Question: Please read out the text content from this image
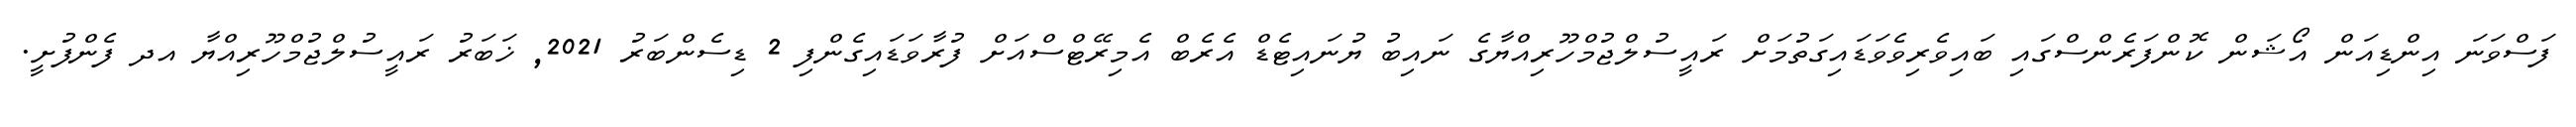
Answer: ފަސްވަނަ އިންޑިއަން އޯޝަން ކޮންފަރެންސްގައި ބައިވެރިވެވަޑައިގަތުމަށް ރައީސުލްޖުމްހޫރިއްޔާގެ ނައިބު ޔުނައިޓެޑް އެރެބް އެމިރޭޓްސްއަށް ފުރާވަޑައިގެންފި 2 ޑިސެންބަރު 2021, ޚަބަރު ރައީސުލްޖުމްހޫރިއްޔާ އދ ފެންފުށީ.